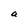
Character: a